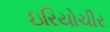
ઇરિયોચીર